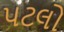
પટલો